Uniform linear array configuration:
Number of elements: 24
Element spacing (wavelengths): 0.5
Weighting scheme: cosine
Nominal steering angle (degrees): -15
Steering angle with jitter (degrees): -15.42
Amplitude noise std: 0.05
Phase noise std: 0.05

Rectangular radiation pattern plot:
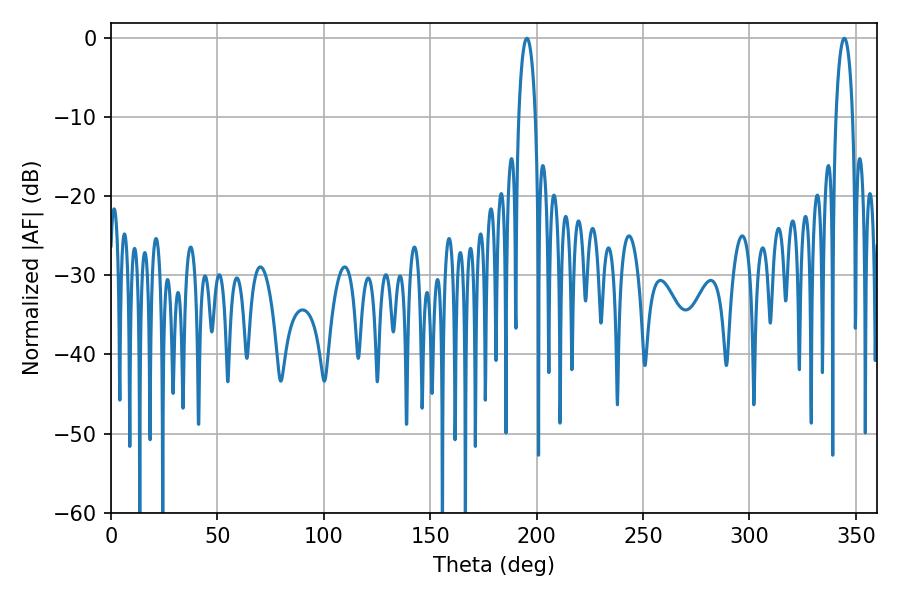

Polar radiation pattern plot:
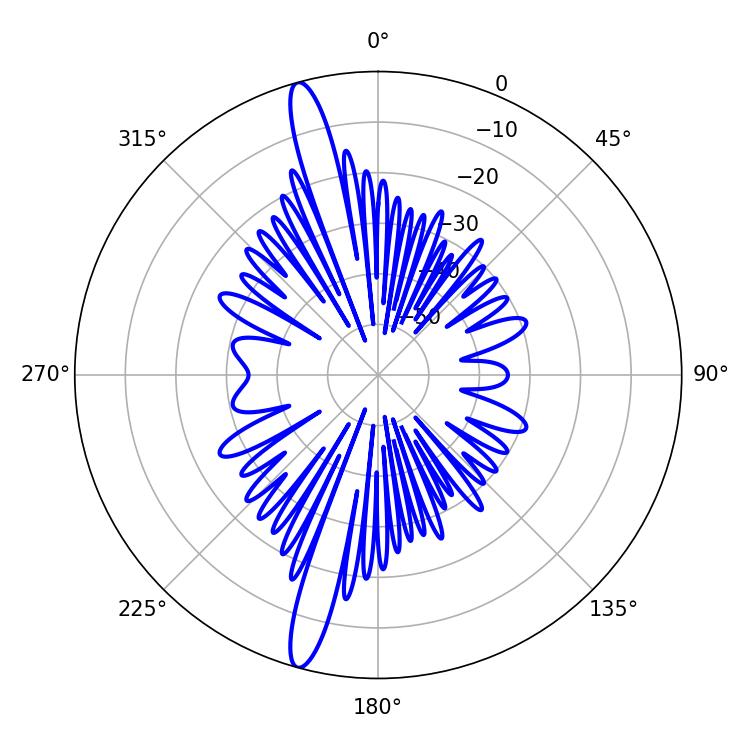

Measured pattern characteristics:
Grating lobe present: FALSE
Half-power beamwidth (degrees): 4.5
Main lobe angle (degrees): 195.48